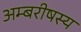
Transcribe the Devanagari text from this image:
अम्बरीषस्य